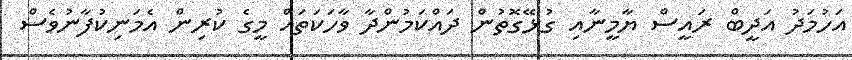
އަހުމަދު އަދީބް ރައީސް ޔާމީނާއި ގުޅޭގޮތުން ދައްކަމުންދާ ވާހަކަތައް މީގެ ކުރިން އެމަނިކުފާނުވެސް